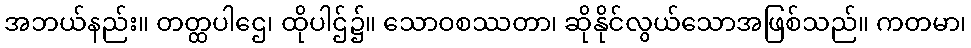
အဘယ်နည်း။ တတ္ထပါဌေ၊ ထိုပါဌ်၌။ သောဝစဿတာ၊ ဆိုနိုင်လွယ်သောအဖြစ်သည်။ ကတမာ၊